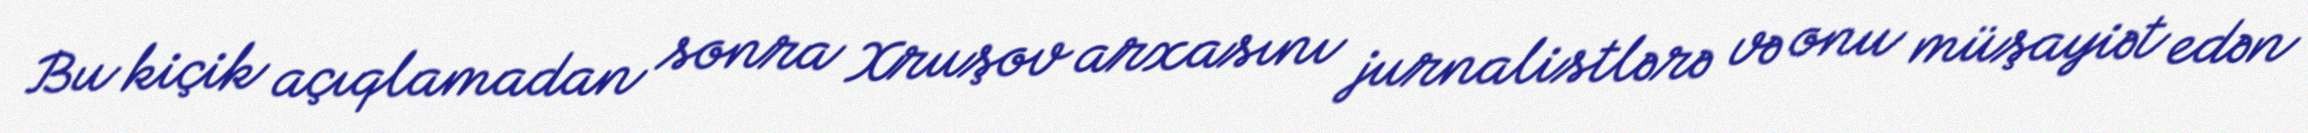
Bu kiçik açıqlamadan sonra Xruşov arxasını jurnalistlərə və onu müşayiət edən